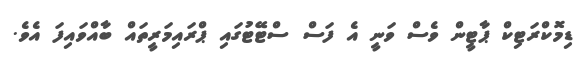
ޑިމޮކްރަޓިކް ޕާޓީން ވެސް ވަނީ އެ ފަސް ސްޓޭޓުގައި ޕްރައިމަރީތައް ބާއްވައިފަ އެވެ.